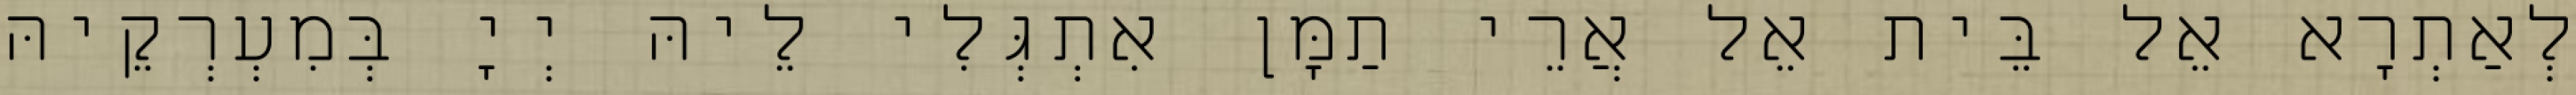
לְאַתְרָא אֵל בֵּית אֵל אֲרֵי תַמָּן אִתְגְּלִי לֵיהּ יְיָ בְּמִעְרְקֵיהּ